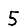
Digit: 5